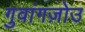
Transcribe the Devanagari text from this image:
गुवांगज़ोउ